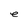
Character: e